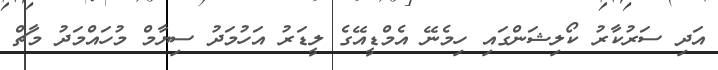
އަދި ސަރުކާރު ކޯލިޝަންގައި ހިމެނޭ އެމްޑީއޭގެ ލީޑަރު އަހުމަދު ސިޔާމް މުހައްމަދު މާޗް